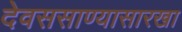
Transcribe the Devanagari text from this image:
देवससाण्यासारखा